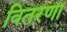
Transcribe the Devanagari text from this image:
वितरणा